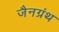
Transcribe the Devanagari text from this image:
जैनग्रंथ